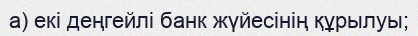
а) екі деңгейлі банк жүйесінің құрылуы;